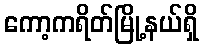
ကော့ကရိတ်မြို့နယ်ရှိ